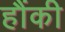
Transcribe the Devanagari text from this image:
हौंकी